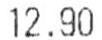
12.90